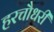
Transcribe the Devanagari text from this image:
हरचौधरी